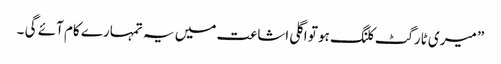
” میری ٹارگٹ کلنگ ہو تو اگلی اشاعت میں یہ تمہارے کام آئے گی ۔